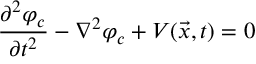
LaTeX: { \frac { \partial ^ { 2 } \varphi _ { c } } { \partial t ^ { 2 } } } - \nabla ^ { 2 } \varphi _ { c } + { \cal V } ( \vec { x } , t ) = 0